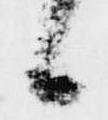
候